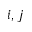
i , j